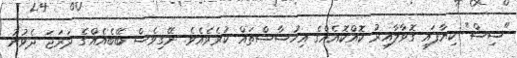
"ސިސް" ކިޔާފައި ގޮވާލާއިރު ކޮއްކޮއެއްގެ އިހުސާސްތައް ކުރެވެއެވެ. ނޭގިވެސް ބޭބެއެއްގެ ދަރަޖަ ދެވުނު